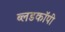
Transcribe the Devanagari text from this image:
ब्लडकॉपी